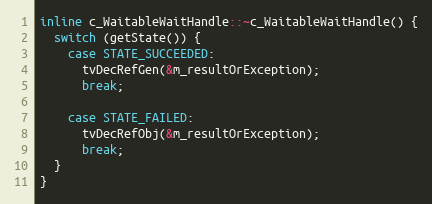
Language: C
inline c_WaitableWaitHandle::~c_WaitableWaitHandle() {
  switch (getState()) {
    case STATE_SUCCEEDED:
      tvDecRefGen(&m_resultOrException);
      break;

    case STATE_FAILED:
      tvDecRefObj(&m_resultOrException);
      break;
  }
}